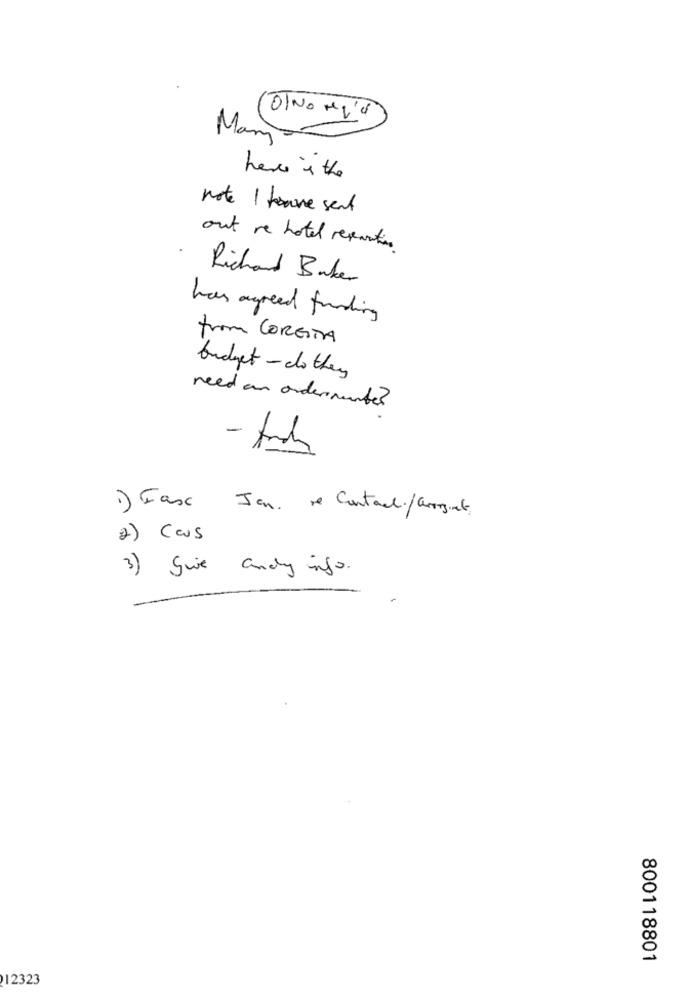
Mary
here is the
note 1 have sent
out re hotel reparation
Richard Baker
has agreed funding
from CORGITA
budget - do they
need an ordermente?
- tak
1) Fax Jan. me Contacli/august,
2) Cas
3) Sie andy info .
800118801
12323